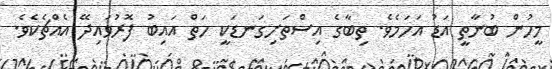
މީހުން ބުނާތީ އަޑު އަހަމެވެ. ތިބާގެ އިސްތަށިގަނޑަކީ ހަތް އައިބު ފޮރުވައިދޭ އެއްޗެކެވެ.